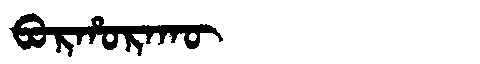
Manchu: ᠪᠣᡵᡥᠣᡵᠠᡴᡡ
Romanization: BORHORAKŪ